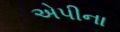
એપીના